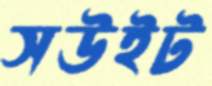
সউইট